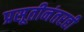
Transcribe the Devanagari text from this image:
प्रसूतीनंतरही